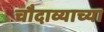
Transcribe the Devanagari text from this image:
चौदाव्याच्या